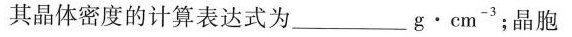
其晶体密度的计算表达式为_____g·cm^{-3}；晶胞